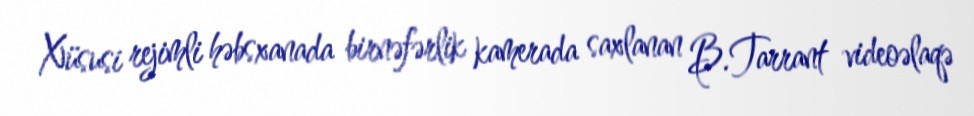
Xüsusi rejimli həbsxanada birnəfərlik kamerada saxlanan B.Tarrant videoəlaqə